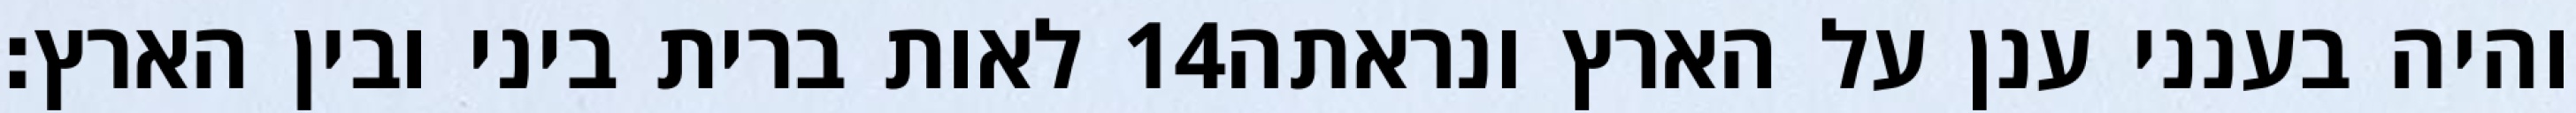
לאות ברית ביני ובין הארץ׃ ‎14‏ והיה בענני ענן על הארץ ונראתה